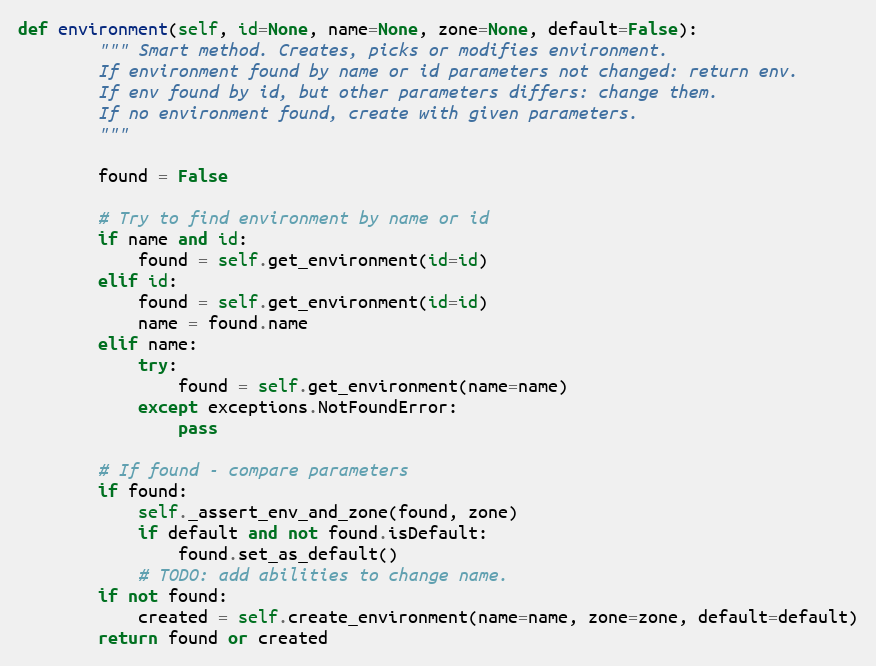
Language: Python
def environment(self, id=None, name=None, zone=None, default=False):
        """ Smart method. Creates, picks or modifies environment.
        If environment found by name or id parameters not changed: return env.
        If env found by id, but other parameters differs: change them.
        If no environment found, create with given parameters.
        """

        found = False

        # Try to find environment by name or id
        if name and id:
            found = self.get_environment(id=id)
        elif id:
            found = self.get_environment(id=id)
            name = found.name
        elif name:
            try:
                found = self.get_environment(name=name)
            except exceptions.NotFoundError:
                pass

        # If found - compare parameters
        if found:
            self._assert_env_and_zone(found, zone)
            if default and not found.isDefault:
                found.set_as_default()
            # TODO: add abilities to change name.
        if not found:
            created = self.create_environment(name=name, zone=zone, default=default)
        return found or created